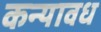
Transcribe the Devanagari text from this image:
कन्यावध